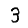
Digit: 3